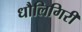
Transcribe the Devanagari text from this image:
धौलिगिरी